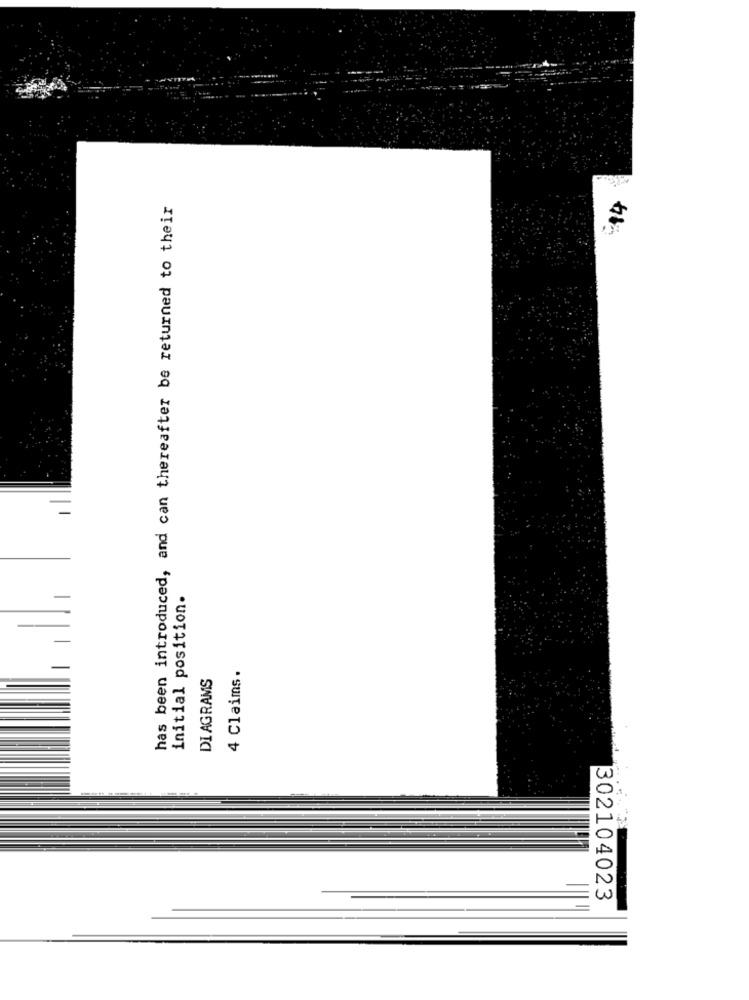
has been introduced, and can thereafter be returned to their
14
initial position.
DIAGRAMS
4 Claims.
302104023